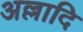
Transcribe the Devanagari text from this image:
अल्लादि